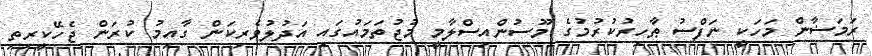
ރަމަޟާން މަހަކީ ނަފްސު ޠާހިރުކުރުމުގެ މޫސުންއިސްލާމީ މުޖުތަމައުގައި އަދުލުވެރިކަން ގާއިމު ކުރަން ޖެހޭކީރިތި